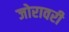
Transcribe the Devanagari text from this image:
जोरावरी